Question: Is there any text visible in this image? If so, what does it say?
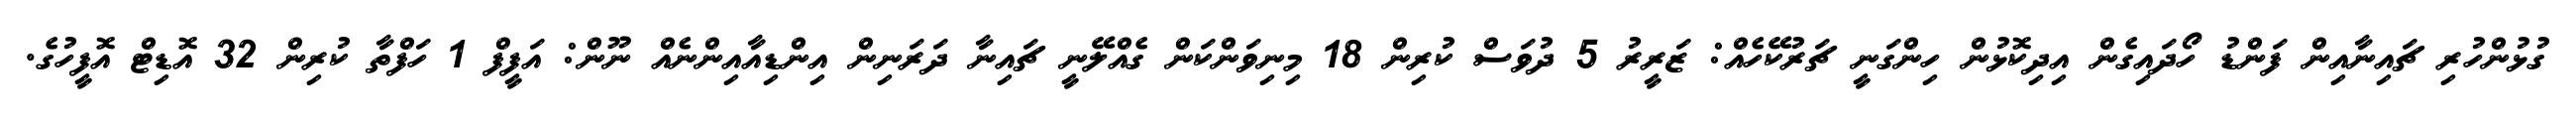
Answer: ގުޅުންހުރި ޗައިނާއިން ފަންޑު ހޯދައިގެން އިދިކޮޅުން ހިންގަނީ ޗަރުކޭހެއް: ޒަރީރު 5 ދުވަސް ކުރިން 18 މިނިވަންކަން ގެއްލޭނީ ޗައިނާ ދަރަނިން އިންޑިއާއިންނެއް ނޫން: އަފީފް 1 ހަފްތާ ކުރިން 32 އޮޑިޓް އޮފީހުގެ.